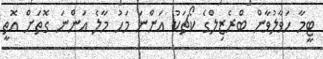
ޓީމާ ހަވާލުވާން ބްރެޒިލްގެ ކޯޗަކު އަންނަ މަހު މާލެ އަންނަ ގޮތަށް އޮތީ